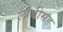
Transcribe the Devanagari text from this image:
लांबीसह